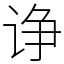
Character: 诤